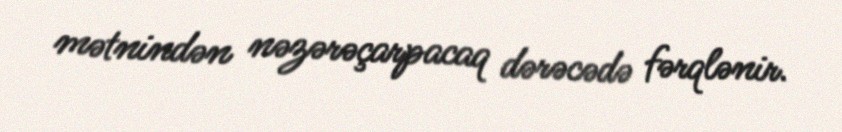
mətnindən nəzərəçarpacaq dərəcədə fərqlənir.